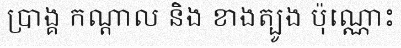
ប្រាង្គ កណ្តាល និង ខាងត្បូង ប៉ុណ្ណោះ